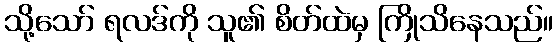
သို့သော် ရလဒ်ကို သူ၏ စိတ်ထဲမှ ကြိုသိနေသည်။